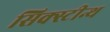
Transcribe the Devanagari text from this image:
सिक्स्टीन्थ